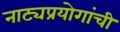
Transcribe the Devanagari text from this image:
नाट्यप्रयोगांची